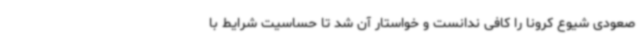
صعودی شیوع کرونا را کافی ندانست و خواستار آن شد تا حساسیت شرایط با